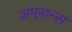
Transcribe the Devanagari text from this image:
जग्लान्स